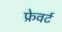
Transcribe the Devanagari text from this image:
फ्रेवर्ट